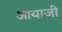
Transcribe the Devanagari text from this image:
आयाजी